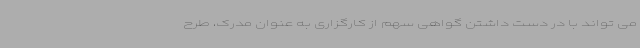
می تواند با در دست داشتن گواهی سهم از کارگزاری به عنوان مدرک، طرح